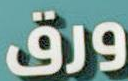
ورق